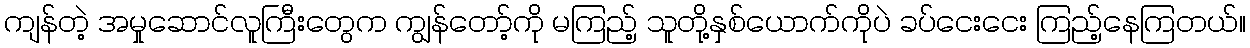
ကျန်တဲ့ အမှုဆောင်လူကြီးတွေက ကျွန်တော့်ကို မကြည့် သူတို့နှစ်ယောက်ကိုပဲ ခပ်ငေးငေး ကြည့်နေကြတယ်။